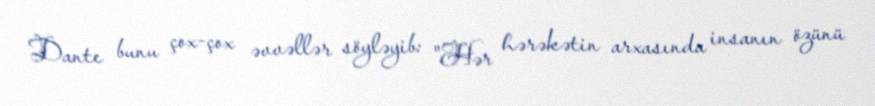
Dante bunu çox-çox əvvəllər söyləyib: "Hər hərəkətin arxasında insanın özünü